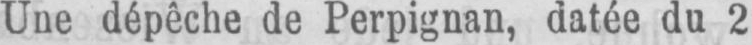
Une dépêche de Perpignan, datée du 2